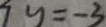
y = - 3